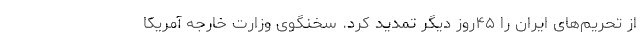
از تحریم‌های ایران را ۴۵روز دیگر تمدید کرد. سخنگوی وزارت خارجه آمریکا